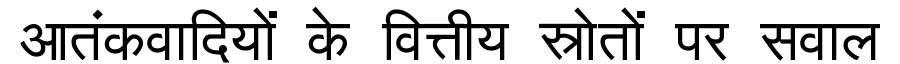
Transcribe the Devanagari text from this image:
आतंकवादियों के वित्तीय स्रोतों पर सवाल